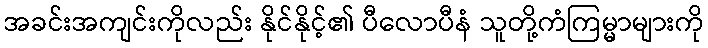
အခင်းအကျင်းကိုလည်း နိုင်နိုင့်၏ ပီလောပီနံ သူတို့ကံကြမ္မာများကို